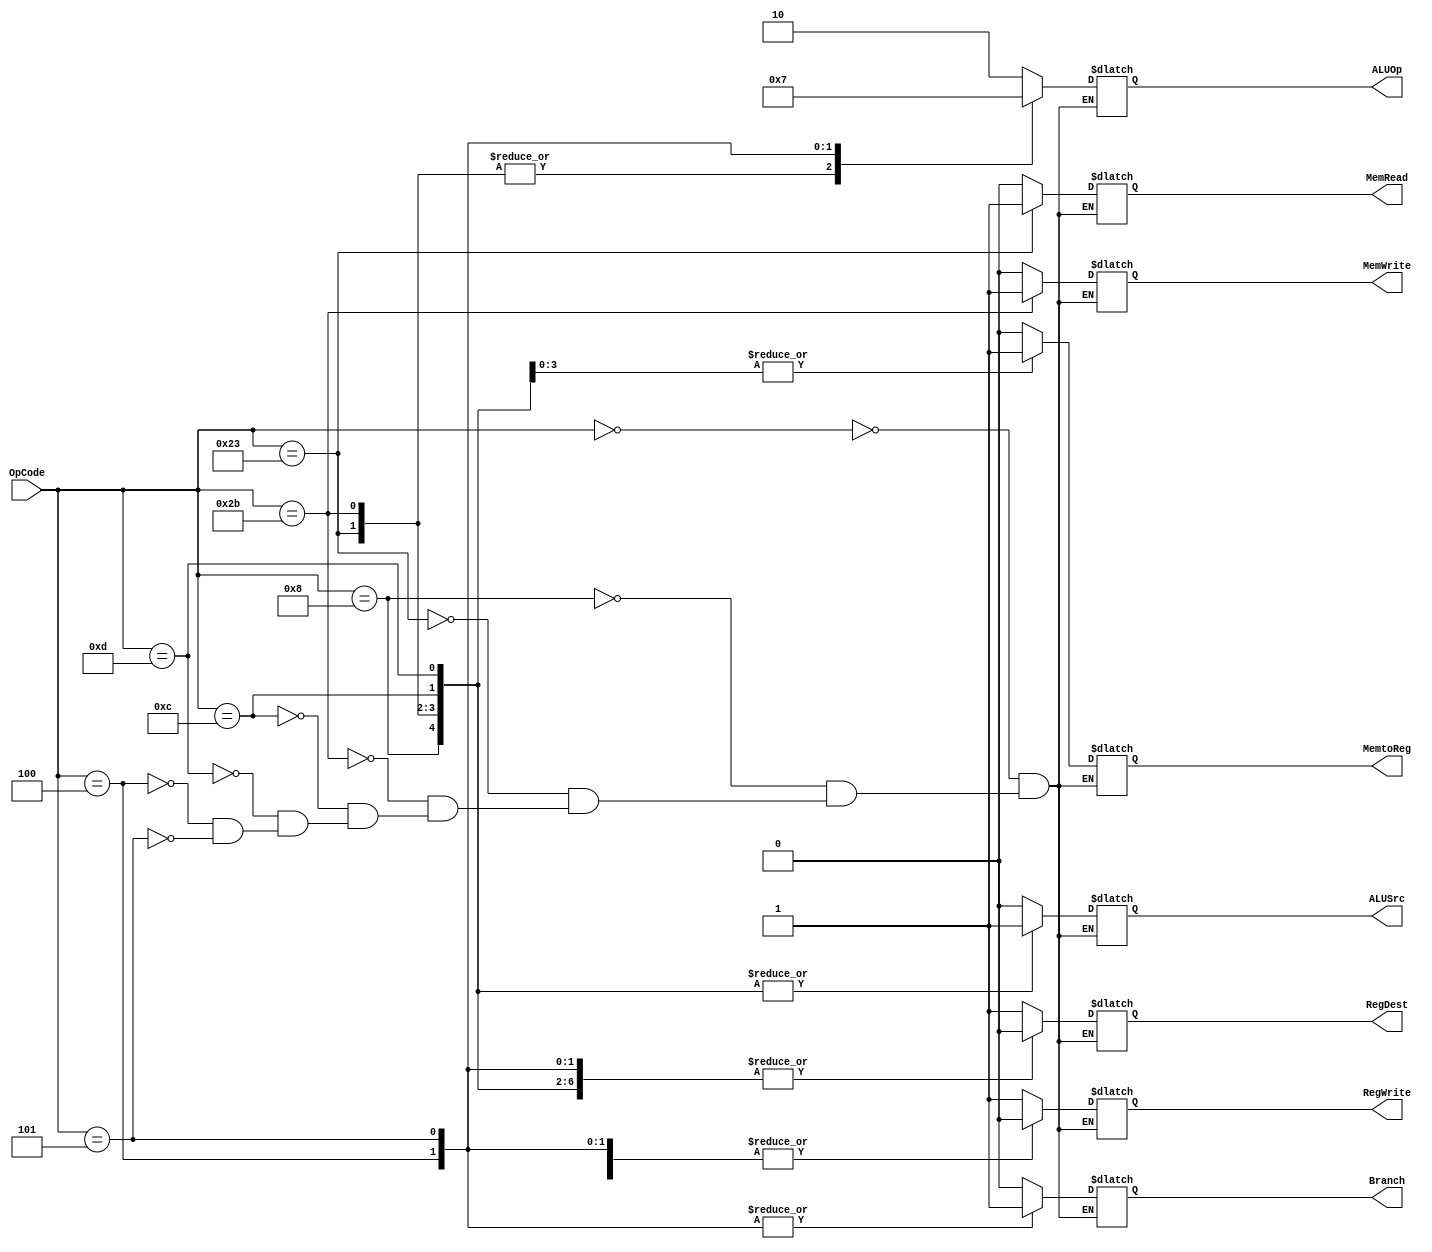
module Control (RegDest, Branch, MemRead, MemtoReg, ALUOp, MemWrite, ALUSrc, RegWrite, OpCode);
output reg RegDest;
output reg Branch;
output reg MemRead;
output reg MemtoReg;
output reg MemWrite;
output reg ALUSrc;
output reg RegWrite;
output reg [1:0] ALUOp;
input [5:0] OpCode;

always @(OpCode)
begin
case(OpCode)
6'b000000 : begin RegDest<= 1; Branch<=0; MemRead<=0; MemtoReg<=0; MemWrite<=0; ALUSrc<=0; RegWrite<=1; ALUOp<=2'b10; end //R-Type Instructions
6'b001000 : begin RegDest<= 0; Branch<=0; MemRead<=0; MemtoReg<=0; MemWrite<=0; ALUSrc<=1; RegWrite<=1; ALUOp<=2'b10; end //ADDI
6'b100011 : begin RegDest<= 0; Branch<=0; MemRead<=1; MemtoReg<=1; MemWrite<=0; ALUSrc<=1; RegWrite<=1; ALUOp<=2'b00; end //LW
6'b101011 : begin RegDest<= 0; Branch<=0; MemRead<=0; MemtoReg<=1; MemWrite<=1; ALUSrc<=1; RegWrite<=0; ALUOp<=2'b00; end //SW
6'b001100 : begin RegDest<= 0; Branch<=0; MemRead<=0; MemtoReg<=1; MemWrite<=0; ALUSrc<=1; RegWrite<=1; ALUOp<=2'b10; end //ANDI
6'b001101 : begin RegDest<= 0; Branch<=0; MemRead<=0; MemtoReg<=1; MemWrite<=0; ALUSrc<=1; RegWrite<=1; ALUOp<=2'b10; end //ORI
6'b000100 : begin RegDest<= 0; Branch<=1; MemRead<=0; MemtoReg<=0; MemWrite<=0; ALUSrc<=0; RegWrite<=0; ALUOp<=2'b01; end //BEQ
6'b000101 : begin RegDest<= 0; Branch<=1; MemRead<=0; MemtoReg<=0; MemWrite<=0; ALUSrc<=0; RegWrite<=0; ALUOp<=2'b11; end //BNE
endcase
end
endmodule